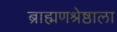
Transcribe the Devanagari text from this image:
ब्राह्मणश्रेष्ठाला